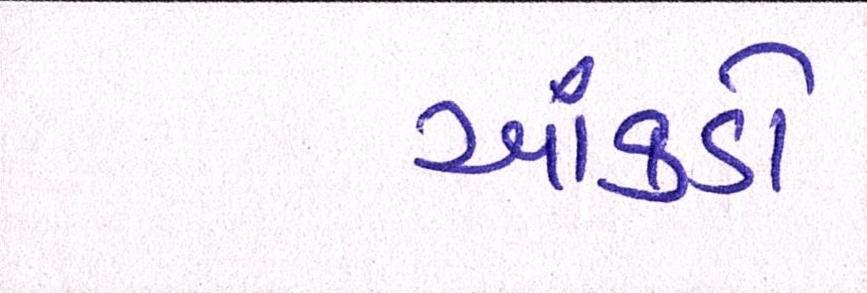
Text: આંકડો